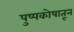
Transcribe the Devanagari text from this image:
पुष्पकोषातून